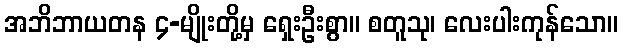
အဘိဘာယတန ၄-မျိုးတို့မှ ရှေးဦးစွာ။ စတူသု၊ လေးပါးကုန်သော။